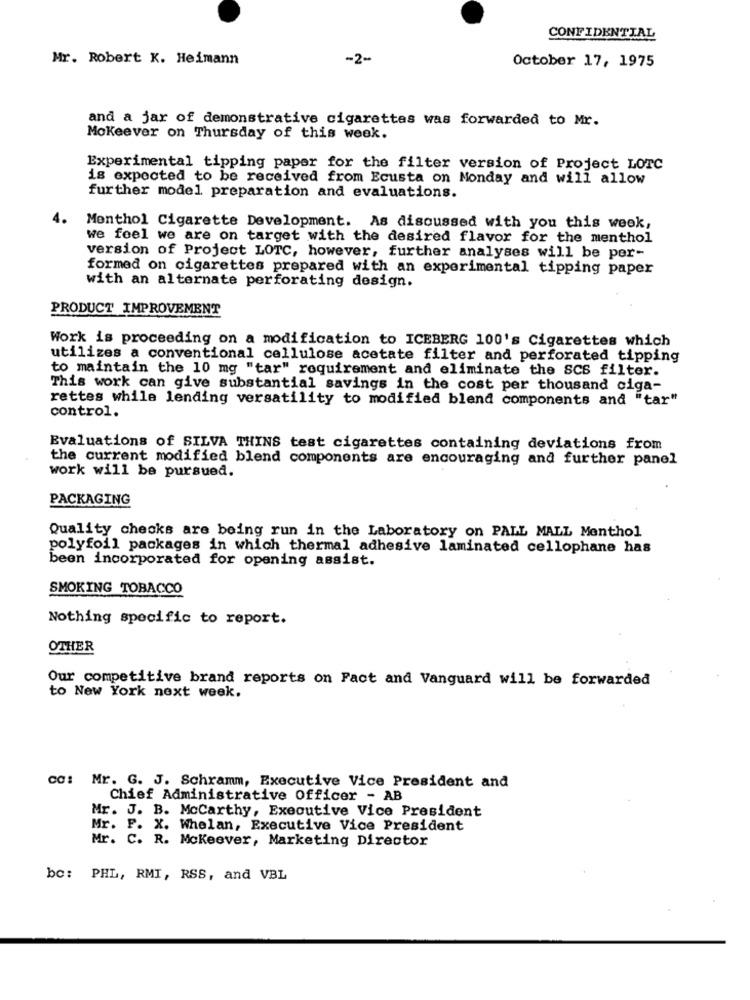
CONFIDENTIAL
Mr. Robert K. Heimann
-2-
October 17, 1975
and a jar of demonstrative cigarettes was forwarded to Mr.
Mokeever on Thursday of this week.
Experimental tipping paper for the filter version of Project LOTC
is expected to be received from Ecusta on Monday and will allow
further model preparation and evaluations.
4.
Menthol Cigarette Development. As discussed with you this week,
we feel we are on target with the desired flavor for the menthol
version of Project LOTC, however, further analyses will be per-
formed on cigarettes prepared with an experimental tipping paper
with an alternate perforating design.
PRODUCT IMPROVEMENT
Work is proceeding on a modification to ICEBERG 100's Cigarettes which
utilizes a conventional cellulose acetate filter and perforated tipping
to maintain the 10 mg "tar" requirement and eliminate the SCS filter.
This work can give substantial savings in the cost per thousand ciga-
rettes while lending versatility to modified blend components and "tar"
control.
Evaluations of SILVA THINS test cigarettes containing deviations from
the current modified blend components are encouraging and further panel
work will be pursued.
PACKAGING
Quality checks are being run in the Laboratory on PALL MALL Menthol
polyfoil packages in which thermal adhesive laminated cellophane has
been incorporated for opening assist.
SMOKING TOBACCO
Nothing specific to report.
OTHER
Our competitive brand reports on Fact and Vanguard will be forwarded
to New York next week.
cc: Mr. G. J. Schramm, Executive Vice President and
Chief Administrative Officer - AB
Mr. J. B. Mccarthy, Executive Vice President
Mr. F. X. Whelan, Executive Vice President
Mr. C. R. Mckeever, Marketing Director
bc: PHL, RMI, RSS, and VBL